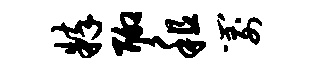
粹聊租箭